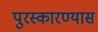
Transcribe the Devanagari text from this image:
पुरस्कारण्यास